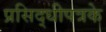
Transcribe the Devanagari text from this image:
प्रसिद्धीपत्रके